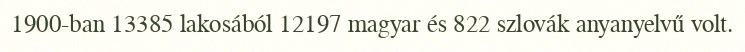
1900-ban 13385 lakosából 12197 magyar és 822 szlovák anyanyelvű volt.